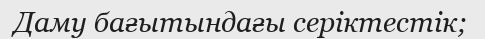
Даму бағытындағы серіктестік;